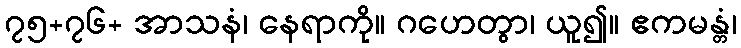
၇၅+၇၆+ အာသနံ၊ နေရာကို။ ဂဟေတွာ၊ ယူ၍။ ဧကမန္တံ၊